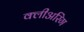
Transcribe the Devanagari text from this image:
क्लीअरिंग